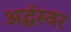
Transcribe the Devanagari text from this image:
अर्द्धस्वर